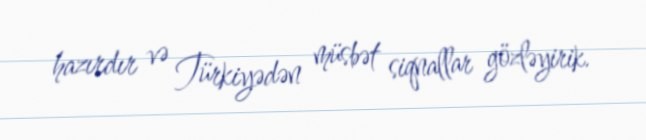
hazırdır və Türkiyədən müsbət siqnallar gözləyirik.